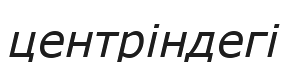
центріндегі